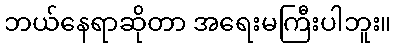
ဘယ်နေရာဆိုတာ အရေးမကြီးပါဘူး။